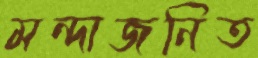
মন্দাজনিত